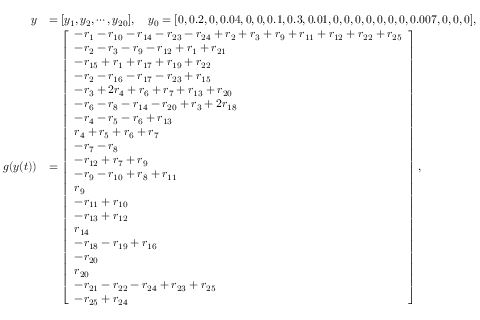
\begin{array} { r l } { y } & { = [ y _ { 1 } , y _ { 2 } , \cdots , y _ { 2 0 } ] , ~ ~ ~ y _ { 0 } = [ 0 , 0 . 2 , 0 , 0 . 0 4 , 0 , 0 , 0 . 1 , 0 . 3 , 0 . 0 1 , 0 , 0 , 0 , 0 , 0 , 0 , 0 , 0 . 0 0 7 , 0 , 0 , 0 ] , } \\ { g ( y ( t ) ) } & { = \left[ \begin{array} { l } { - r _ { 1 } - r _ { 1 0 } - r _ { 1 4 } - r _ { 2 3 } - r _ { 2 4 } + r _ { 2 } + r _ { 3 } + r _ { 9 } + r _ { 1 1 } + r _ { 1 2 } + r _ { 2 2 } + r _ { 2 5 } } \\ { - r _ { 2 } - r _ { 3 } - r _ { 9 } - r _ { 1 2 } + r _ { 1 } + r _ { 2 1 } } \\ { - r _ { 1 5 } + r _ { 1 } + r _ { 1 7 } + r _ { 1 9 } + r _ { 2 2 } } \\ { - r _ { 2 } - r _ { 1 6 } - r _ { 1 7 } - r _ { 2 3 } + r _ { 1 5 } } \\ { - r _ { 3 } + 2 r _ { 4 } + r _ { 6 } + r _ { 7 } + r _ { 1 3 } + r _ { 2 0 } } \\ { - r _ { 6 } - r _ { 8 } - r _ { 1 4 } - r _ { 2 0 } + r _ { 3 } + 2 r _ { 1 8 } } \\ { - r _ { 4 } - r _ { 5 } - r _ { 6 } + r _ { 1 3 } } \\ { r _ { 4 } + r _ { 5 } + r _ { 6 } + r _ { 7 } } \\ { - r _ { 7 } - r _ { 8 } } \\ { - r _ { 1 2 } + r _ { 7 } + r _ { 9 } } \\ { - r _ { 9 } - r _ { 1 0 } + r _ { 8 } + r _ { 1 1 } } \\ { r _ { 9 } } \\ { - r _ { 1 1 } + r _ { 1 0 } } \\ { - r _ { 1 3 } + r _ { 1 2 } } \\ { r _ { 1 4 } } \\ { - r _ { 1 8 } - r _ { 1 9 } + r _ { 1 6 } } \\ { - r _ { 2 0 } } \\ { r _ { 2 0 } } \\ { - r _ { 2 1 } - r _ { 2 2 } - r _ { 2 4 } + r _ { 2 3 } + r _ { 2 5 } } \\ { - r _ { 2 5 } + r _ { 2 4 } } \end{array} \right] , } \end{array}